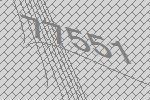
77551